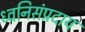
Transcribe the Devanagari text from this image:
ध्वनिसंप्रदाय